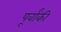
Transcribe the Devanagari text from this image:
पूर्वांकी